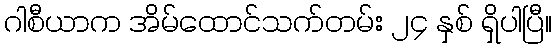
ဂါစီယာက အိမ်ထောင်သက်တမ်း ၂၄ နှစ် ရှိပါပြီ။